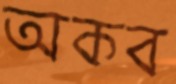
অকব